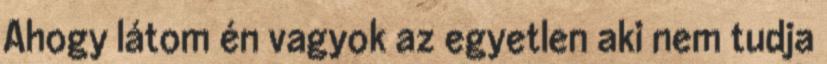
Ahogy látom én vagyok az egyetlen aki nem tudja